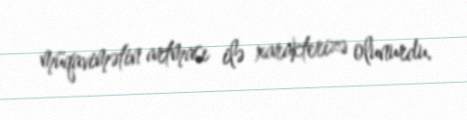
müqavimətin artması ilə xarakterizə olunurdu.